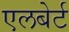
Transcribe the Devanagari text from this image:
एलबेर्ट